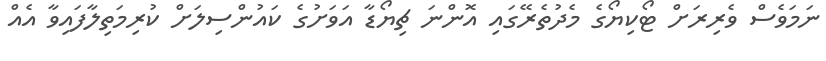
ނަމަވެސް ވެރިރަށް ޓޯކިޔޯގެ މެދުތެރޭގައި އޮންނަ ޗިޔޯޑާ އަވަށުގެ ކައުންސިލަށް ކުރިމަތިލާފައިވާ އެއް